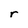
Character: r